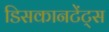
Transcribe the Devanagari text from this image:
डिसकानटेंट्स